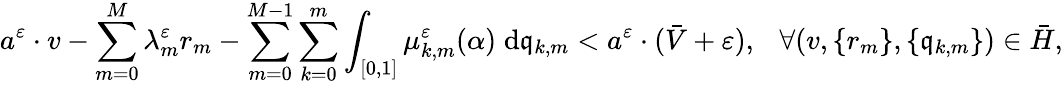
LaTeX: a^{\varepsilon}\cdot v-\sum_{m=0}^{M}\lambda_{m}^{\varepsilon}r_{m}-\sum_{m=0}^{M-1}\sum_{k=0}^{m}\int_{[0,1]}\mu_{k,m}^{\varepsilon}(\alpha)\; \mathrm{d}\mathfrak{q}_{k,m}<a^{\varepsilon}\cdot(\bar{V}+\varepsilon),\ \ \ \forall(v,\{ r_{m}\} ,\{ \mathfrak{q}_{k,m}\} )\in\bar{H},